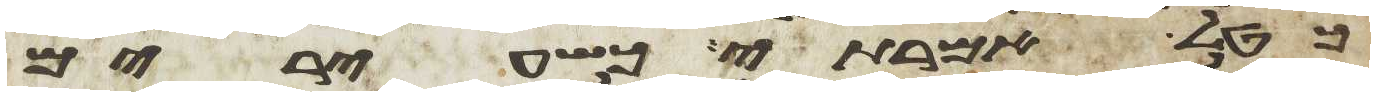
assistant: כטל אמירתי כשעירים